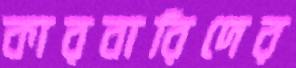
কারবারিদের